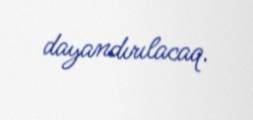
dayandırılacaq.